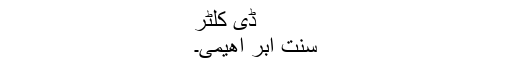
ڈی کلٹر
سُنَّتِ اِبْرَ اھِیْمِیْ۔